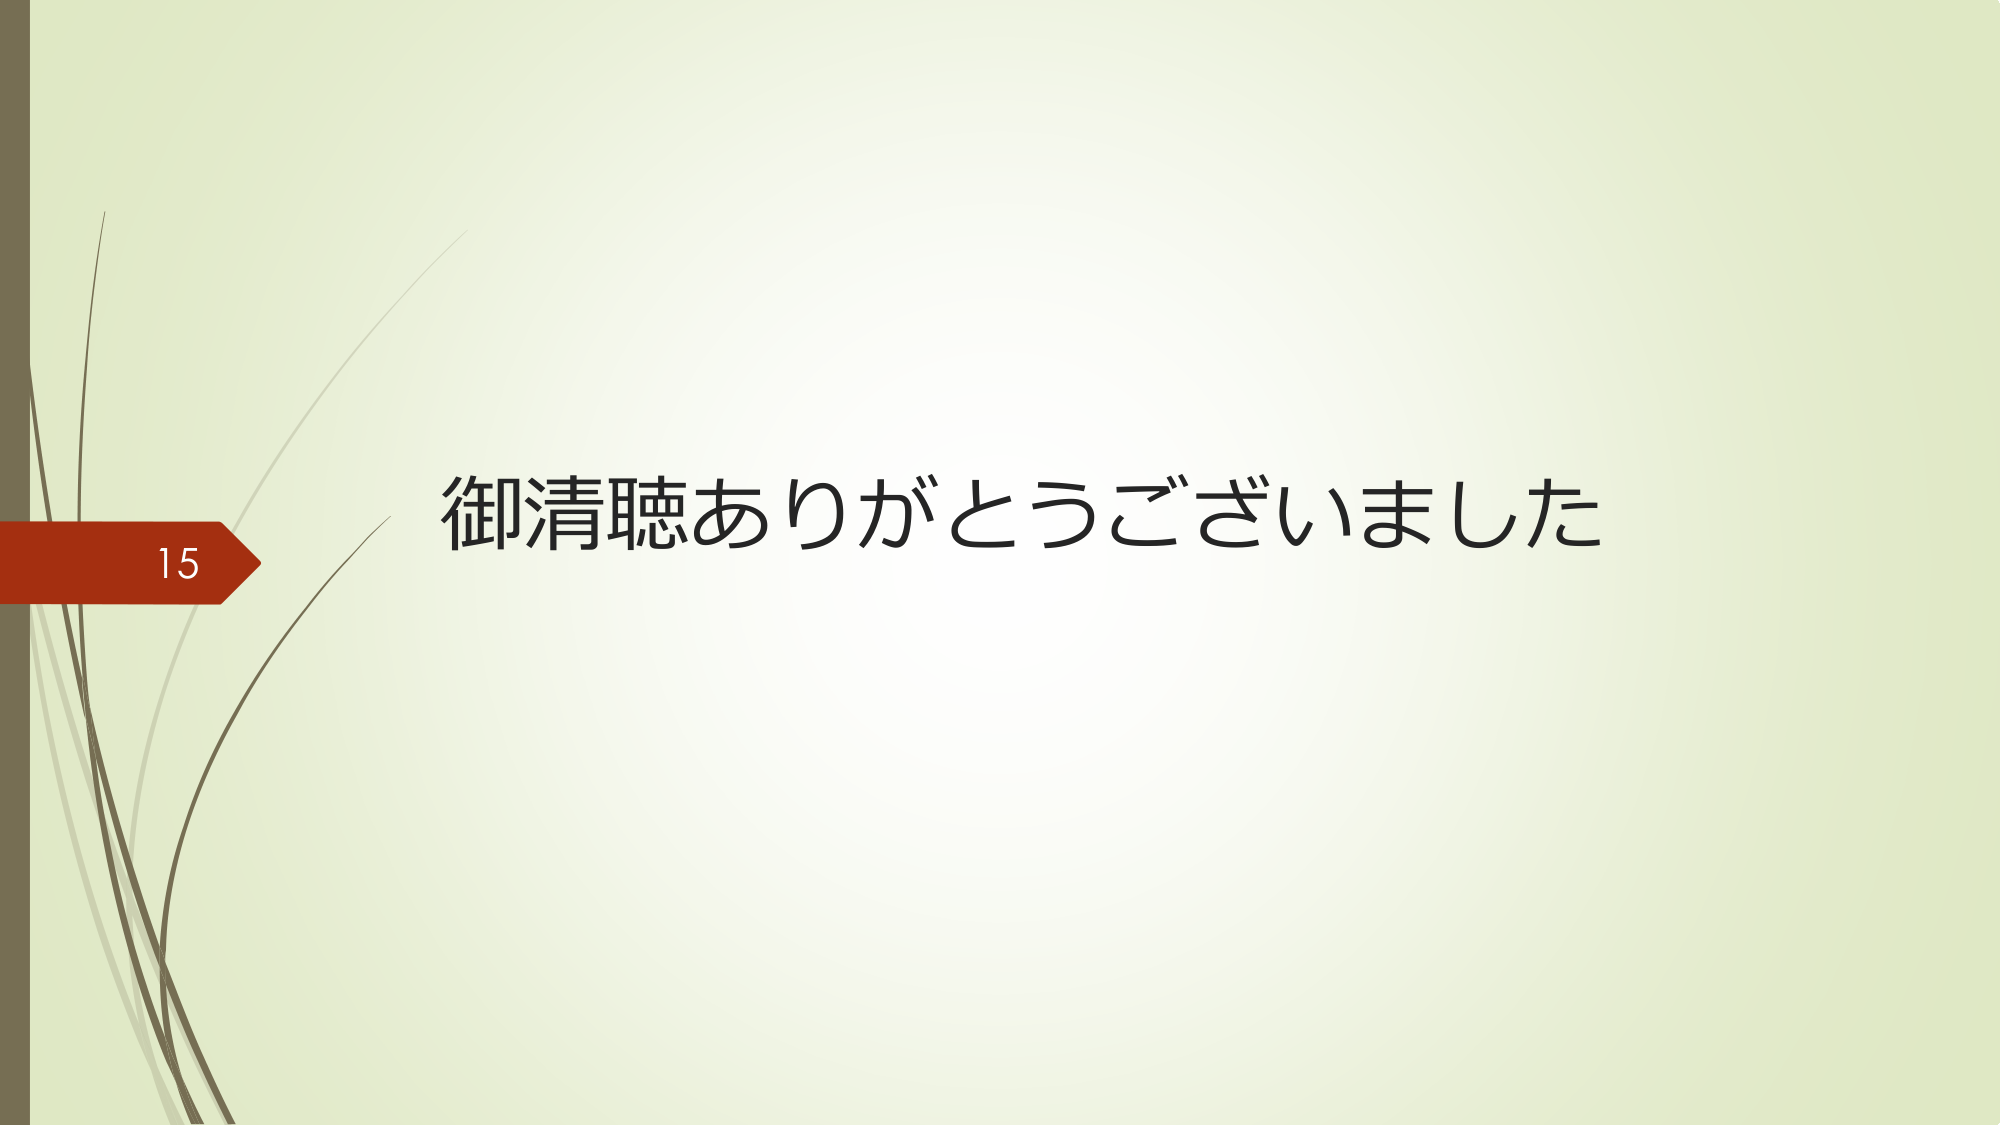
15
御清聴ありがとうございました